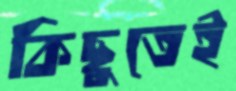
কিছুতেই